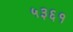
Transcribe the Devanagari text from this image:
५३६१